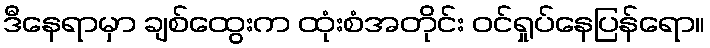
ဒီနေရာမှာ ချစ်ထွေးက ထုံးစံအတိုင်း ဝင်ရှုပ်နေပြန်ရော။